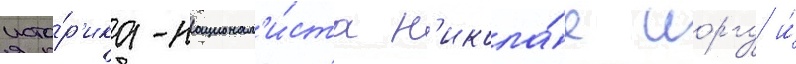
исто́р'ика-национал'и́ста н'икола́е иоргу и́